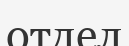
отдел